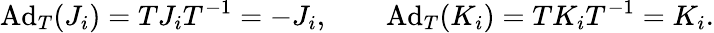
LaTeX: \mathrm{Ad}_{T}(J_{i})=TJ_{i}T^{-1}=-J_{i},\qquad\mathrm{Ad}_{T}(K_{i})=TK_{i}T^{-1}=K_{i}.